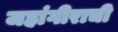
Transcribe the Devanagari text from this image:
जहांगीराची